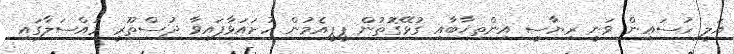
އަލީ ހުސައިން ވަނީ ރިޔާސީ އިންތިޚާބާއި ގުޅޭގޮތުން ޕީޕީއެމުން ހުށައަޅާފައިވާ ދުސްތޫރީ މައްސަލާގައި